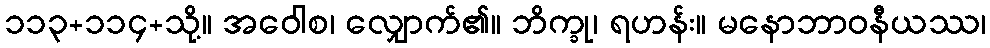
၁၁၃+၁၁၄+သို့။ အဝေါစ၊ လျှောက်၏။ ဘိက္ခု၊ ရဟန်း။ မနောဘာဝနီယဿ၊